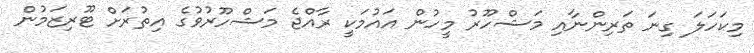
މިކަހަލަ ގިނަ ތަރިންނާއި މަޝްހޫރު މީހުން އައުމަކީ ރާއްޖެ މަޝްހޫރުވުގެ އިތުރަށް ޓޫރިޒަމުން